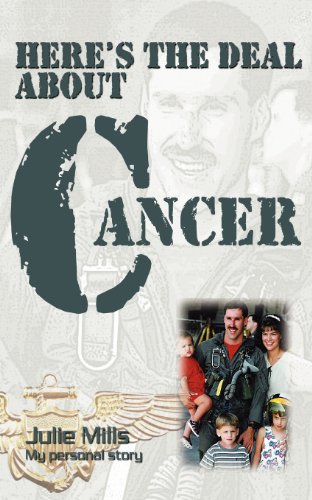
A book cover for Here's the Deal about Cancer; Julie Mills; Cookbooks, Food & Wine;